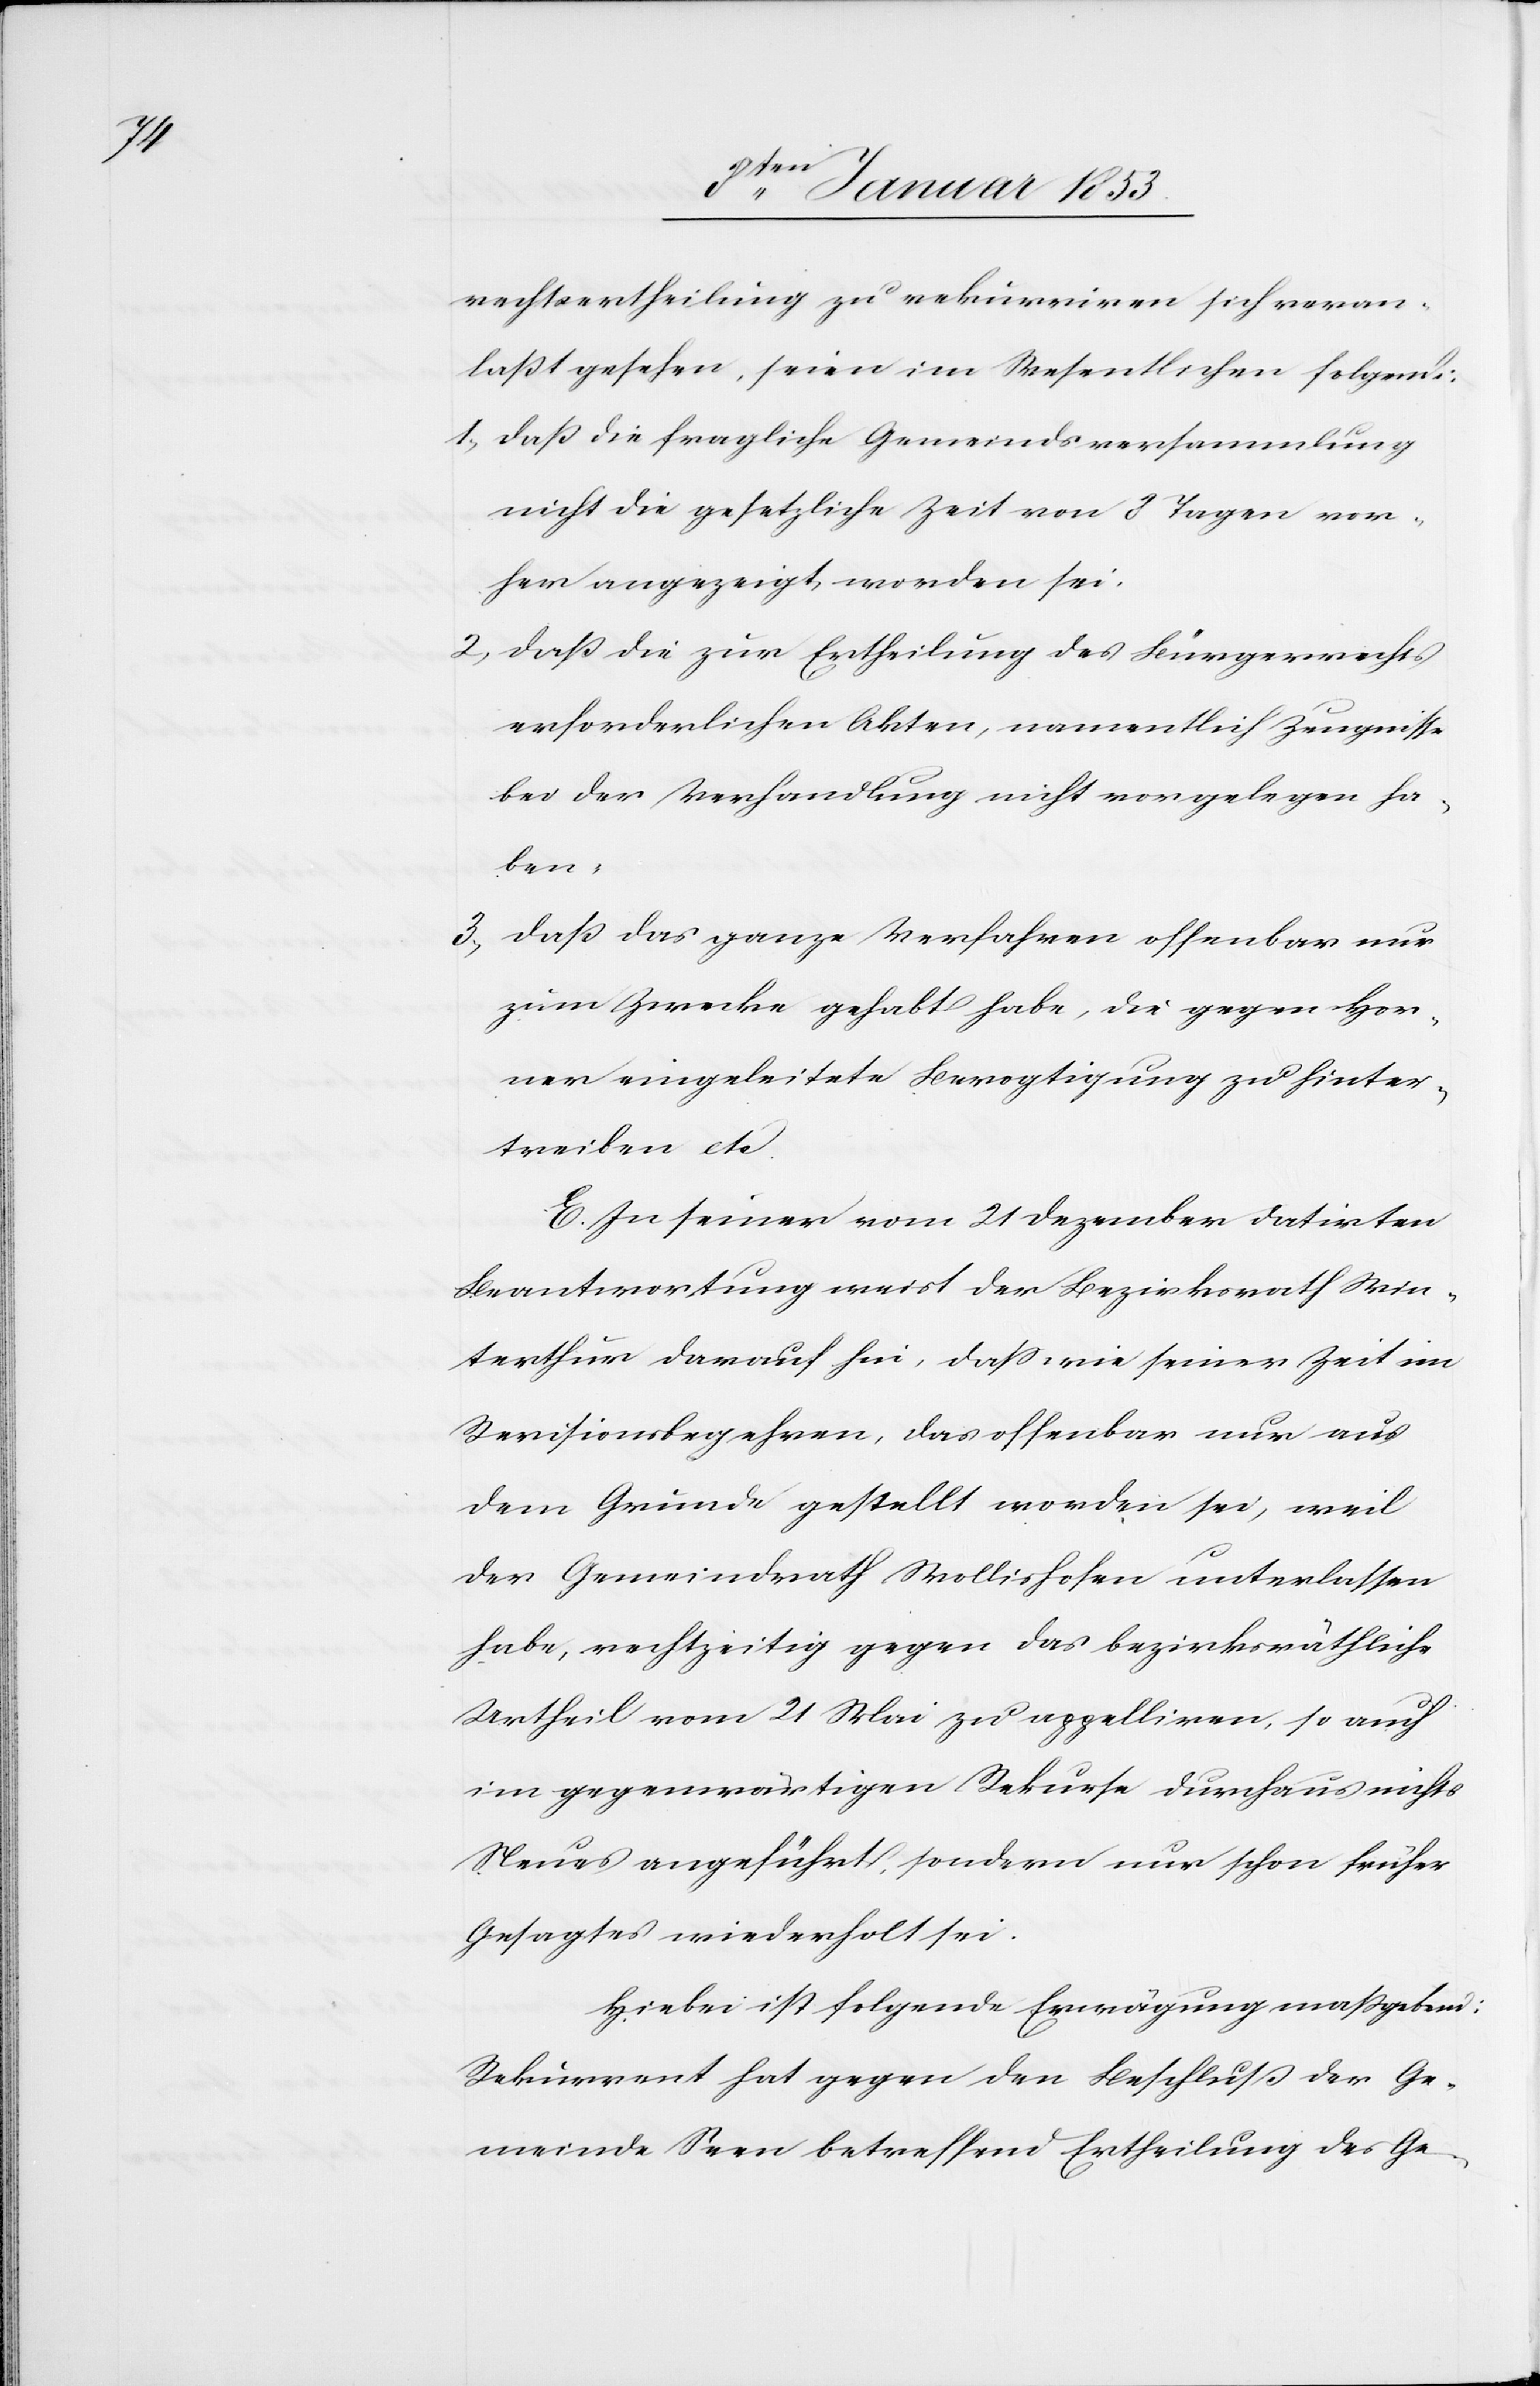
rechtsertheilung zu rekurriren sich veran¬
laßt gesehen, seien im Wesentlichen folgende:
daß die fragliche Gemeindsversammlung
nicht die gesetzliche Zeit von 8 Tagen vor¬
her angezeigt worden sei.
daß die zur Ertheilung des Bürgerrechts
erforderlichen Akten, namentlich Zeugnisse
bei der Verhandlung nicht vorgelegen ha¬
ben.
daß das ganze Verfahren offenbar nur
zum Zwecke gehabt habe, die gegen Hor¬
ner eingeleitete Bevogtigung zu hinter¬
treiben etc.
In seiner vom 21 Dezember datirten
Beantwortung weist der Bezirksrath Win¬
terthur darauf hin, daß, wie seiner Zeit im
Revisionsbegehren, das offenbar nur aus
dem Grunde gestellt worden sei, weil
der Gemeindrath Wollishofen unterlassen
habe, rechtzeitig gegen das bezirksräthliche
Urtheil vom 21 Mai zu appelliren, so auch
im gegenwärtigen Rekurse durchaus nichts
Neues angeführt, sondern nur schon früher
Gesagtes wiederholt sei.
Hiebei ist folgende Erwägung maßgebend:
Rekurrent hat gegen den Beschluß der Ge¬
meinde Seen betreffend Ertheilung des Ge-